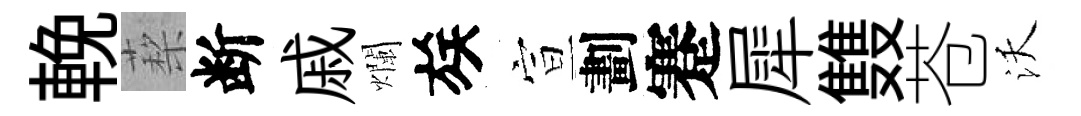
輓蔾断戚爛族宣劃蹇犀䨇苍沃